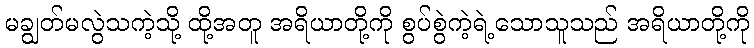
မချွတ်မလွဲသကဲ့သို့ ထို့အတူ အရိယာတို့ကို စွပ်စွဲကဲ့ရဲ့သောသူသည် အရိယာတို့ကို